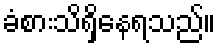
ခံစားသိရှိနေရသည်။